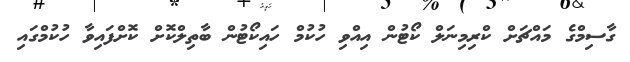
ގާސިމްގެ މައްޗަށް ކްރިމިނަލް ކޯޓުން އިއްވި ހުކުމް ހައިކޯޓުން ބާތިލްކޮށް ކޮށްފައިވާ ހުކުމްގައި